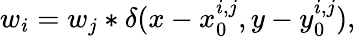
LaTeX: w_{i}=w_{j}\ast\delta(x-x_{0}^{i,j},y-y_{0}^{i,j}),